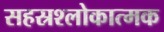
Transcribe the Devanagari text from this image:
सहस्रश्लोकात्मक